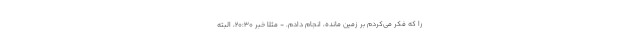
را که فکر می‌کردم بر زمین مانده، انجام دادم. - مثلاً خبر ۲۰:۳۰، البته